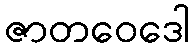
ဇာတဝေဒေါ